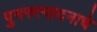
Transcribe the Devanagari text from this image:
पुनरुत्पादनाचे